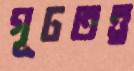
গূঢ়তত্ত্ব